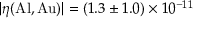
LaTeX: | \eta ( \mathrm { A l } , \mathrm { A u } ) | = ( 1 . 3 \pm 1 . 0 ) \times 1 0 ^ { - 1 1 }